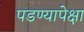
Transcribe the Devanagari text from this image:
पडण्यापेक्षा